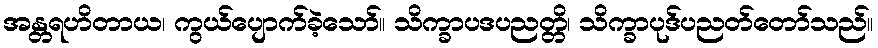
အန္တရဟိတာယ၊ ကွယ်ပျောက်ခဲ့သော်။ သိက္ခာပဒပညတ္တိ၊ သိက္ခာပုဒ်ပညတ်တော်သည်။